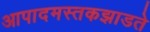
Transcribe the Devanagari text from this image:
आपादमस्तकझाडते